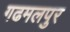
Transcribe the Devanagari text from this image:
गढमलपुर